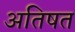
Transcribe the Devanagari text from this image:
अतिषत